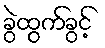
ခွဲထွက်ခွင့်